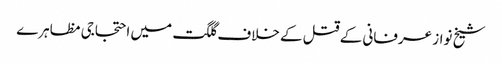
شیخ نواز عرفانی کے قتل کے خلاف گلگت میں احتجاجی مظاہرے